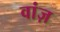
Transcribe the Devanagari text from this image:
वांज़